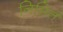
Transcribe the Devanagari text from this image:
निमितं